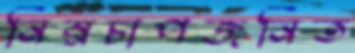
নিম্নচাপজনিত